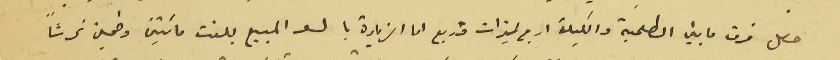
حصل فرق ما بين الطلمبة والكيلة اربع ليترات وربع اما الزيادة بالسعر المبيع بلغت مائتين وخمسين غرشاً